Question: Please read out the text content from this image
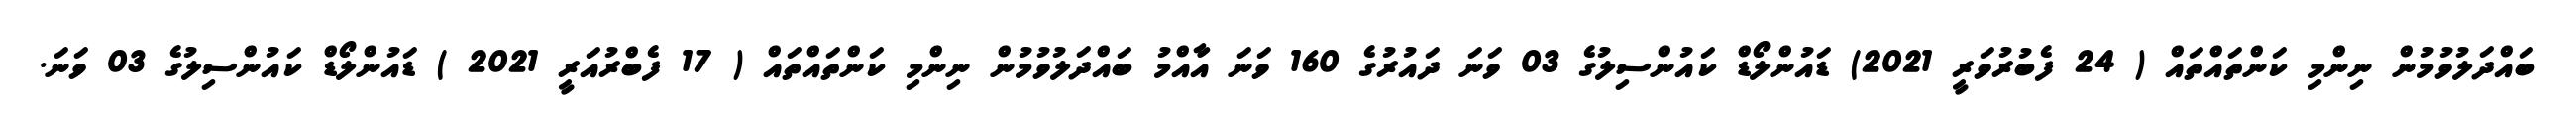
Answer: ބައްދަލުވުމުން ނިންމި ކަންތައްތައް ( 24 ފެބުރުވަރީ 2021) ޑައުންލޯޑް ކައުންސިލުގެ 03 ވަނަ ދައުރުގެ 160 ވަނަ އާއްމު ބައްދަލުވުމުން ނިންމި ކަންތައްތައް ( 17 ފެބްރުއަރީ 2021 ) ޑައުންލޯޑް ކައުންސިލުގެ 03 ވަނަ.